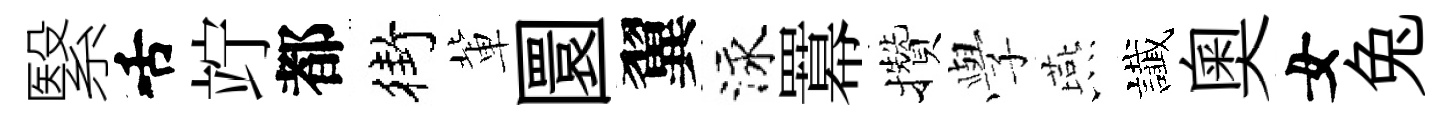
繄舌竚都街軰圜翼泳羃攢𫝯燕䜟奥女兔